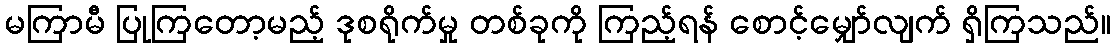
မကြာမီ ပြုကြတော့မည့် ဒုစရိုက်မှု တစ်ခုကို ကြည့်ရန် စောင့်မျှော်လျက် ရှိကြသည်။